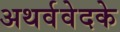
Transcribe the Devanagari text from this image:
अथर्ववेदके